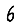
Digit: 6